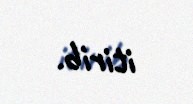
itirib.